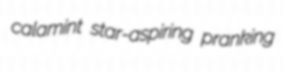
calamint star-aspiring pranking